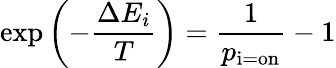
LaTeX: \exp\left(-{\frac{\Delta E_{i}}{T}}\right)={\frac{1}{p_{\mathrm{i=on}}}}-1